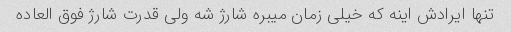
تنها ایرادش اینه که خیلی زمان میبره شارژ شه ولی قدرت شارژ فوق العاده